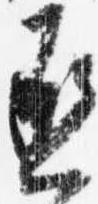
丞